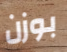
بوزن